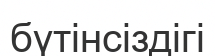
бүтінсіздігі